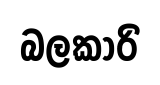
බලකාරි